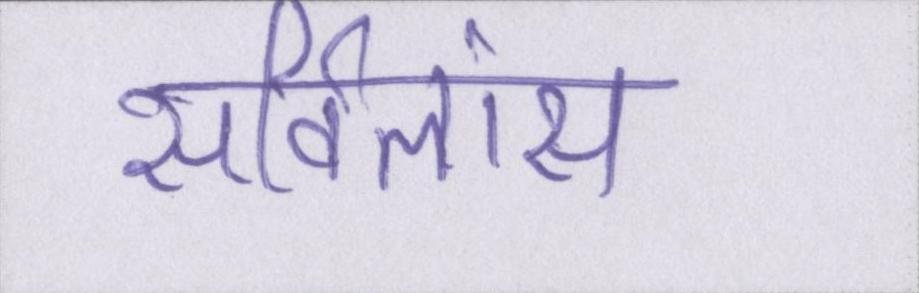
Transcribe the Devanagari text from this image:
सर्विलांस